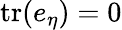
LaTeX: \mathrm{tr}(e_{\eta})=0